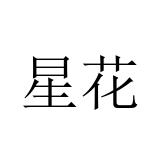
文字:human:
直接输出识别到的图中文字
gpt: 星花